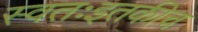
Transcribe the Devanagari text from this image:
स्वतःइतकीच